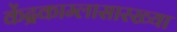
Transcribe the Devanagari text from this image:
केंद्रकाम्लासारख्या